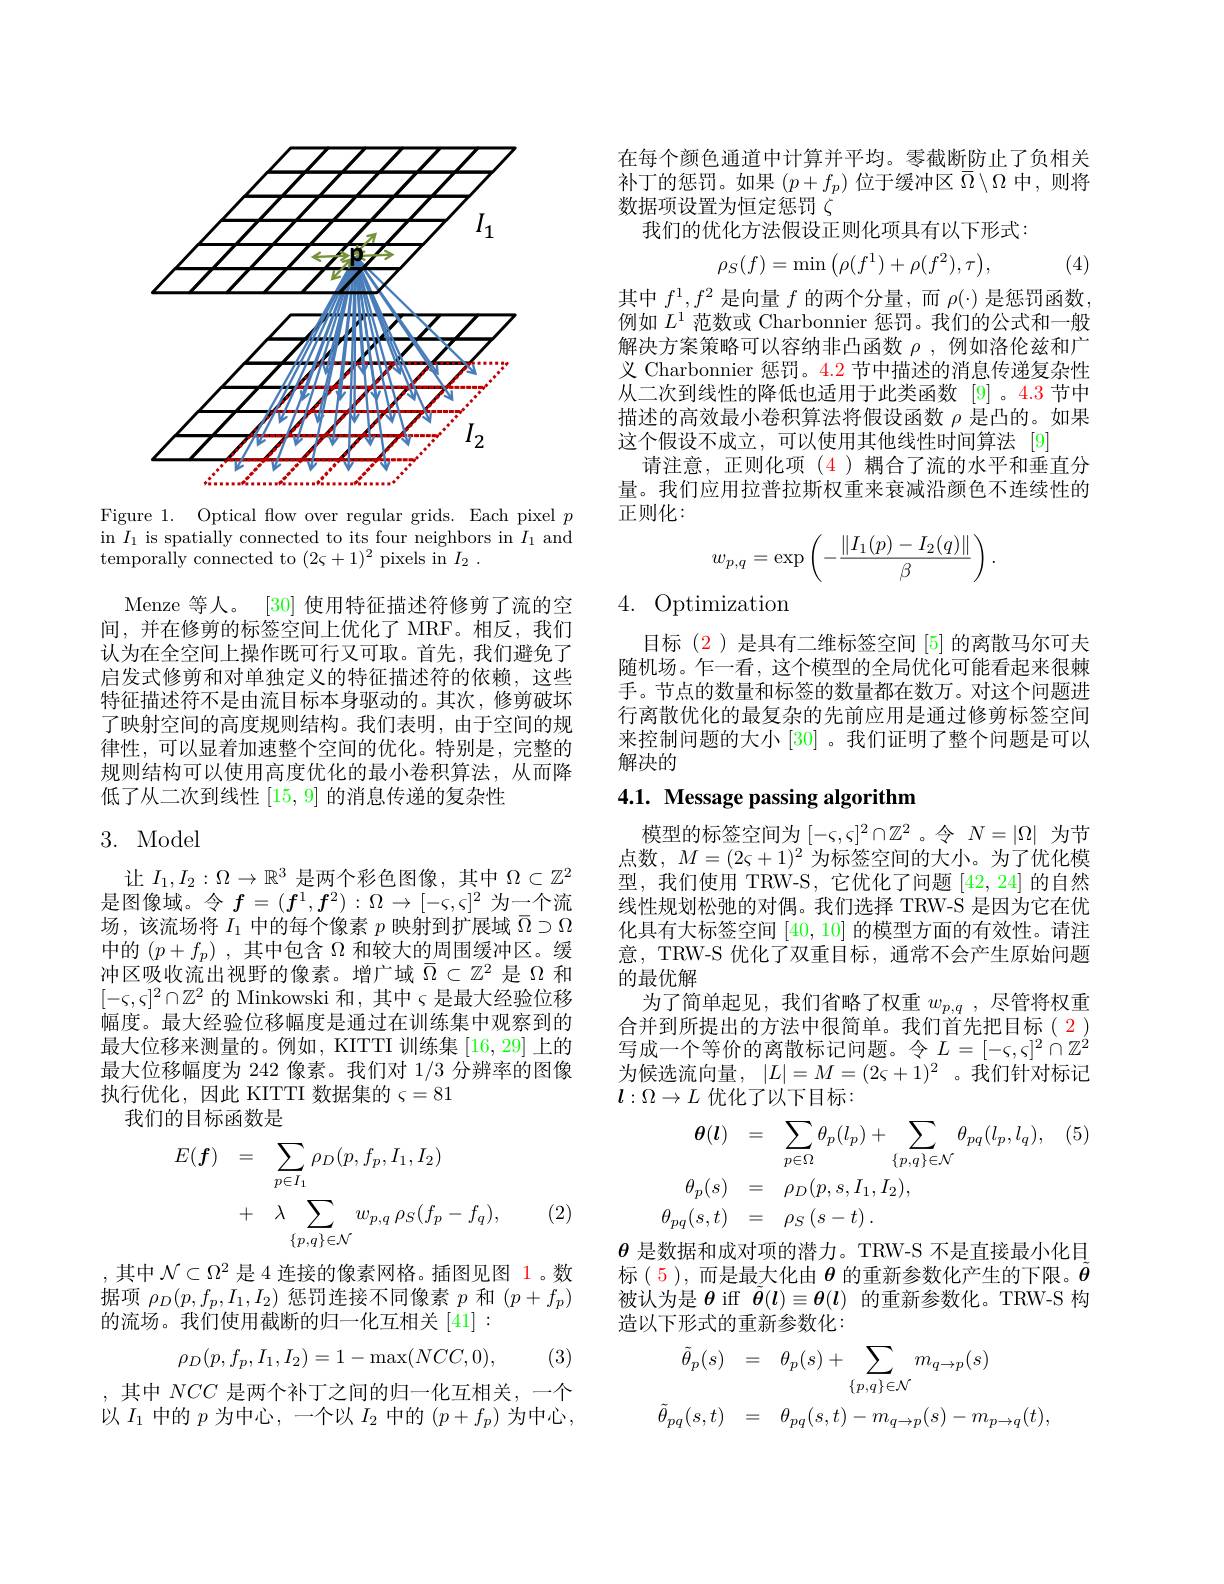
<FigureHere>

Figure 1. Optical fow over regular grids. Each pixel $p$ in $I_1$ is spatially connected to its four neighbors in $I_1$ and temporally connected to ( 2$\varsigma$+ 1$) ^{2}$ pixels in $I_{2}$ .

Menze 等人。
[30]使用特征描述符修剪了流的空
间，并在修剪的标签空间上优化了 MRF。相反，我们认为在全空间上操作既可行又可取。首先，我们避免了启发式修剪和对单独定义的特征描述符的依赖，这些特征描述符不是由流目标本身驱动的。其次，修剪破坏了映射空间的高度规则结构。我们表明，由于空间的规律性，可以显着加速整个空间的优化。特别是，完整的规则结构可以使用高度优化的最小卷积算法，从而降低了从二次到线性[15,9]的消息传递的复杂性

## 3. Model

让$I_1,I_2:\Omega\to\mathbb{R}^3$是两个彩色图像，其中$\Omega\subset\mathbb{Z}^2$ 是图像域。令$f=(f^1,f^2):\Omega\to[-\varsigma,\varsigma]^2$为一个流场，该流场将$I_1$中的每个像素$p$映射到扩展域$\bar{\Omega}\supset\Omega$ 中的$(p+f_{p})$ ,其中包含$\Omega$和较大的周围缓冲区。缓冲区吸收流出视野的像素。增广域$\bar{\Omega}\subset\mathbb{Z}^2$是$\Omega$和$[-\varsigma,\varsigma]^2\cap\mathbb{Z}^2$的 Minkowski 和，其中$\varsigma$是最大经验位移幅度。最大经验位移幅度是通过在训练集中观察到的最大位移来测量的。例如，KITTI 训练集[16,29]上的最大位移幅度为 242 像素。我们对1/3分辨率的图像执行优化，因此 KITTI 数据集的$\varsigma=81$
我们的目标函数是
$$\begin{aligned}E(\boldsymbol{f})&=\quad\sum_{p\in I_{1}}\rho_{D}(p,f_{p},I_{1},I_{2})\\&+\quad\lambda\sum_{\{p,q\}\in\mathcal{N}}w_{p,q}\:\rho_{S}(f_{p}-f_{q}),\end{aligned}$$
(2)

,其中$\mathcal{N}\subset\Omega^2$是 4 连接的像素网格。插图见图 1。数据项$\rho_D(p,f_p,I_1,I_2)$惩罚连接不同像素$p$和$(p+f_p)$ 的流场。我们使用截断的归一化互相关[41]:
$$\rho_D(p,f_p,I_1,I_2)=1-\max(NCC,0),$$
(3)

,其中 $NCC$ 是两个补丁之间的归一化互相关，一个以$I_1$中的$p$为中心，一个以$I_2$中的$(p+f_p)$为中心，

在每个颜色通道中计算并平均。零截断防止了负相关补丁的惩罚。如果$(p+f_p)$位于缓冲区$\bar{\Omega}\setminus\Omega$中，则将数据项设置为恒定惩罚$\zeta$
我们的优化方法假设正则化项具有以下形式：
$$\rho_S(f)=\min\left(\rho(f^1)+\rho(f^2),\tau\right),$$
(4)

其中$f^1,f^2$是向量$f$的两个分量，而$\rho(\cdot)$是惩罚函数， 例如$L^1$范数或 Charbonnier 惩罚。我们的公式和一般解决方案策略可以容纳非凸函数$\rho$,例如洛伦兹和广义 Charbonnier 惩罚。$\color{red}{4.2}$节中描述的消息传递复杂性从二次到线性的降低也适用于此类函数 [9]。4.3 节中描述的高效最小卷积算法将假设函数$\rho$是凸的。如果这个假设不成立，可以使用其他线性时间算法[9]
请注意，正则化项(4)耦合了流的水平和垂直分量。我们应用拉普拉斯权重来衰减沿颜色不连续性的正则化：
$$w_{p,q}=\exp\left(-\frac{\|I_1(p)-I_2(q)\|}{\beta}\right).$$
## 4. Optimization

目标(2)是具有二维标签空间[5]的离散马尔可夫随机场。乍一看，这个模型的全局优化可能看起来很棘手。节点的数量和标签的数量都在数万。对这个问题进行离散优化的最复杂的先前应用是通过修剪标签空间来控制问题的大小 [30] 。我们证明了整个问题是可以解决的

# 4.1. Message passing algorithm

模型的标签空间为$[-\varsigma,\varsigma]^2\cap\mathbb{Z}^2$ 。令$N=|\Omega|$为节点数$,M=(2\varsigma+1)^{2}$ 为标签空间的大小。为了优化模型，我们使用 TRW-S,它优化了问题[42,24]的自然线性规划松弛的对偶。我们选择 TRW-S 是因为它在优化具有大标签空间[40,10]的模型方面的有效性。请注意，TRW-S 优化了双重目标，通常不会产生原始问题的最优解
为了简单起见，我们省略了权重$w_{p,q}$,尽管将权重合并到所提出的方法中很简单。我们首先把目标(2) 写成一个等价的离散标记问题。令$L=[-\varsigma,\varsigma]^2\cap\mathbb{Z}^2$ 为候选流向量，$| L| = M= ( 2\varsigma + 1) ^2$。我们针对标记$l:\Omega\to L$优化了以下目标：
$$\begin{aligned}\theta(\boldsymbol{l})&=\quad\sum_{p\in\Omega}\theta_{p}(l_{p})+\sum_{\{p,q\}\in\mathcal{N}}\theta_{pq}(l_{p},l_{q}),\\\theta_{p}(s)&=\quad\rho_{D}(p,s,I_{1},I_{2}),\\\theta_{pq}(s,t)&=\quad\rho_{S}\left(s-t\right).\end{aligned}$$
$\theta$是数据和成对项的潜力。TRW-S 不是直接最小化目标(5),而是最大化由$\theta$的重新参数化产生的下限。$\tilde{\theta}$ 被认为是$\theta$ iff $\theta(\boldsymbol{l})\equiv\boldsymbol{\theta}(\boldsymbol{l})$的重新参数化。TRW-S 构造以下形式的重新参数化：
$$\begin{aligned}\tilde{\theta}_{p}(s)&=\quad\theta_{p}(s)+\sum_{\{p,q\}\in\mathcal{N}}m_{q\to p}(s)\\\tilde{\theta}_{pq}(s,t)&=\quad\theta_{pq}(s,t)-m_{q\to p}(s)-m_{p\to q}(t),\end{aligned}$$